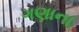
ગણાના